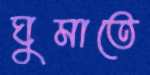
ঘুমাতে